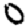
Digit: 0